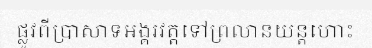
ផ្លូវពីប្រាសាទអង្គរវត្តទៅព្រលានយន្តហោះ